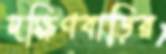
দক্ষিণবাড়ির